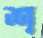
শ